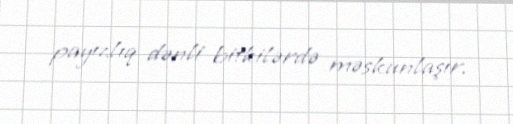
payızlıq dənli bitkilərdə məskunlaşır.